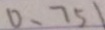
0 、 7 5 1